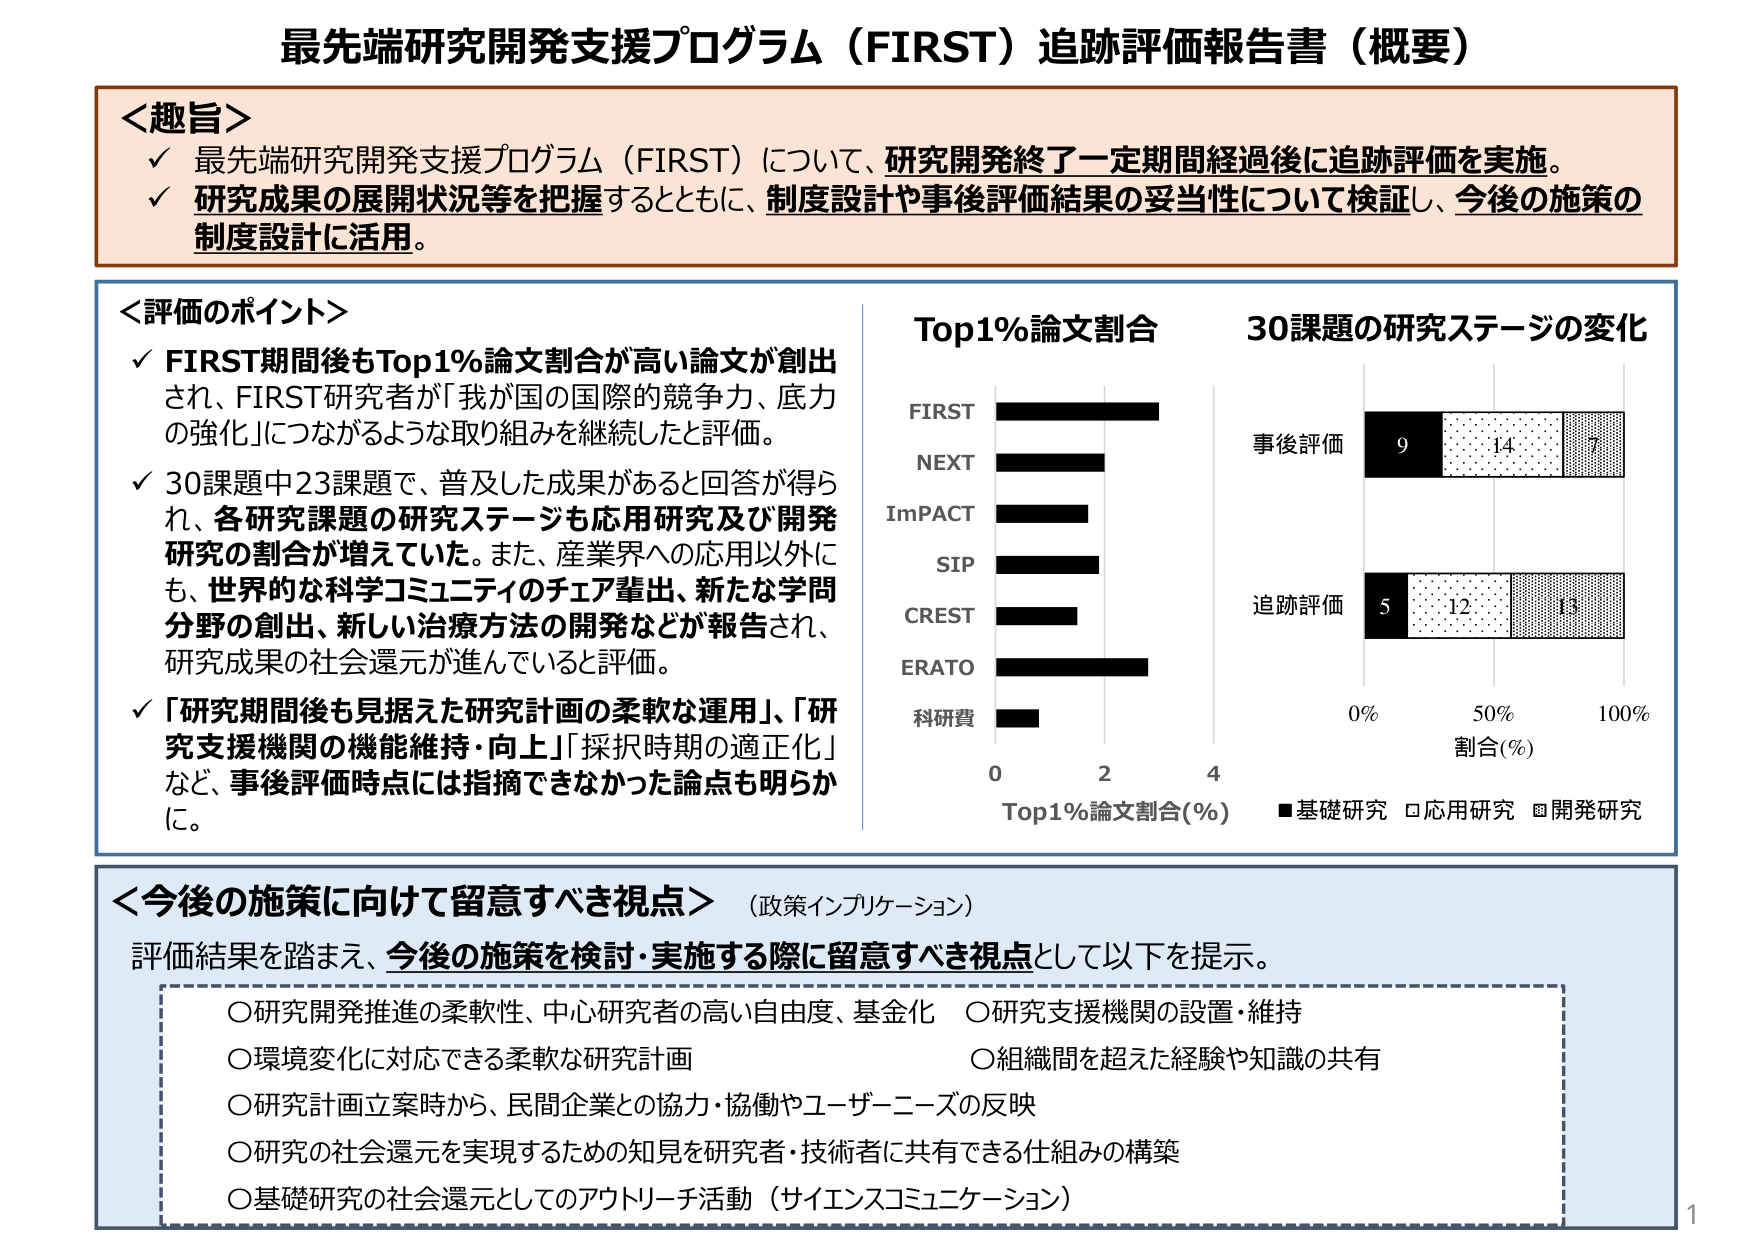
最先端研究開発支援プログラム（FIRST）追跡評価報告書（概要）

＜趣旨＞
✓ 最先端研究開発支援プログラム（FIRST）について、研究開発終了一定期間経過後に追跡評価を実施。
✓ 研究成果の展開状況等を把握するとともに、制度設計や事後評価結果の妥当性について検証し、今後の施策の制度設計に活用。

＜評価のポイント＞
✓ FIRST期間後もTop1%論文割合が高い論文が創出され、FIRST研究者が「我が国の国際的競争力、底力の強化」につながるような取り組みを継続したと評価。
✓ 30課題中23課題で、普及した成果があると回答が得られ、各研究課題の研究ステージも応用研究及び開発研究の割合が増えていた。また、産業界への応用以外にも、世界的な科学コミュニティのチェア輩出、新たな学問分野の創出、新しい治療方法の開発などが報告され、研究成果の社会還元が進んでいると評価。
✓ 「研究期間後も見据えた研究計画の柔軟な運用」、「研究支援機関の機能維持・向上」「採択時期の適正化」など、事後評価時点では指摘できなかった論点も明らかに。

Top1%論文割合
FIRST
NEXT
ImPACT
SIP
CREST
ERATO
科研費
0 2 4
Top1%論文割合(%)

30課題の研究ステージの変化
事後評価
9 14 7
追跡評価
5 12 13
0% 50% 100%
割合(%)
■基礎研究 □応用研究 ■開発研究

＜今後の施策に向けて留意すべき視点＞（政策インプリケーション）
評価結果を踏まえ、今後の施策を検討・実施する際に留意すべき視点として以下を提示。
○研究開発推進の柔軟性、中心研究者の高い自由度、基金化
○環境変化に対応できる柔軟な研究計画
○研究計画立案時から、民間企業との協力・協働やユーザーニーズの反映
○研究の社会還元を実現するための知見を研究者・技術者に共有できる仕組みの構築
○基礎研究の社会還元としてのアウトリーチ活動（サイエンスコミュニケーション）
○研究支援機関の設置・維持
○組織間を超えた経験や知識の共有

1